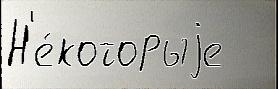
Н'е́которыjе